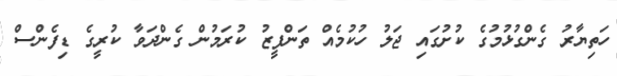
ހަތިޔާރު ގެންގުޅުމުގެ ކުށުގައި ޖަލު ހުކުމެއް ތަންފީޒު ކުރަމުން ގެންދަވާ ކުރީގެ ޑިފެންސް